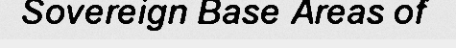
Sovereign Base Areas of